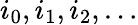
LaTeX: i_{0},i_{1},i_{2},\dots